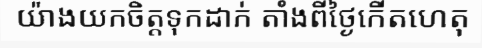
យ៉ាងយកចិត្តទុកដាក់ តាំងពីថ្ងៃកើតហេតុ